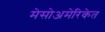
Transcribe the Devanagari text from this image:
मेसोअमेरिकेत